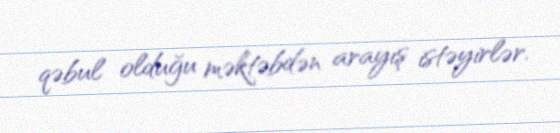
qəbul olduğu məktəbdən arayış istəyirlər.